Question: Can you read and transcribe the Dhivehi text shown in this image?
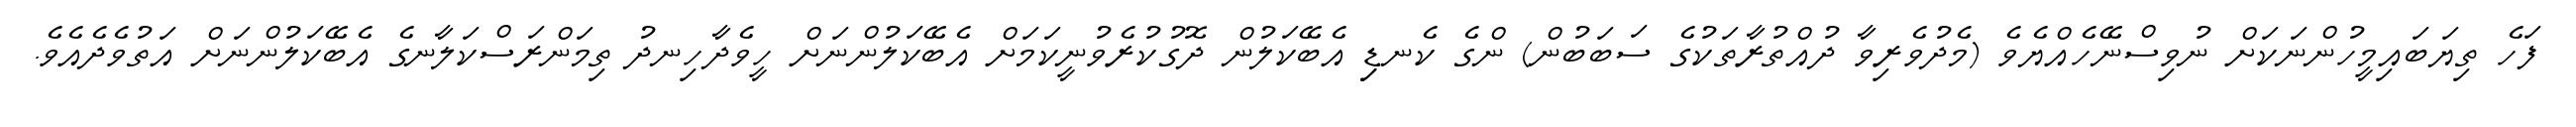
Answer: ފަހެ ތިޔަބައިމީހުންނަކަށް ނުވިސްނޭހެއްޔެވެ (މެދުވެރިވާ ދުއްތުރާތަކުގެ ސަބަބުން) ންގެ ކެނޑިި އެބޭކަލުން ދޮގުކުރެވުނީކަމަށް އެބޭކަލުންނަށް ހީވެދާހިނދު ތިމަންރަސްކަލާނގެ އެބޭކަލުންނަށް އަތުވެދެއެވެ.